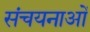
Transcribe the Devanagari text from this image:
संचयनाओं